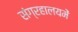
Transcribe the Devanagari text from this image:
संग्रहालयमें